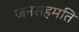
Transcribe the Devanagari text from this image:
जनसहमति